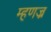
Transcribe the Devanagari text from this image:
म्हणज्र